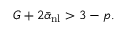
G + 2 \bar { \alpha } _ { \mathrm { n l } } > 3 - p .